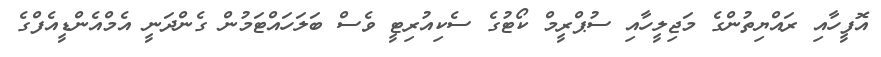
އޮފީހާއި ރައްޔިތުންގެ މަޖިލީހާއި ސުޕްރީމް ކޯޓުގެ ސެކިއުރިޓީ ވެސް ބަލަހައްޓަމުން ގެންދަނީ އެމްއެންޑީއެފްގެ